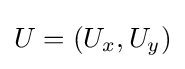
U=\left(U_{x},U_{y}\right)